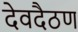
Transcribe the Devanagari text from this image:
देवदैठण